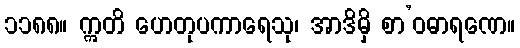
၁၁၈၈။ ဣတိ ဟေတုပကာရေသု၊ အာဒိမှိ စာ’ဝဓာရဏေ။